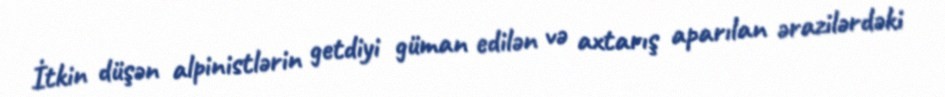
İtkin düşən alpinistlərin getdiyi güman edilən və axtarış aparılan ərazilərdəki